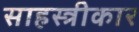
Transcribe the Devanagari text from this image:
साहस्त्रीकार